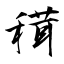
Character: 穁